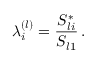
\lambda _ { i } ^ { ( l ) } = \frac { S _ { l i } ^ { * } } { S _ { l 1 } } \, .